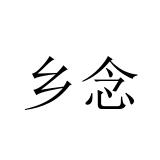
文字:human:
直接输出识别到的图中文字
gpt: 乡念